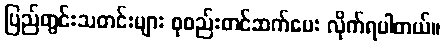
ပြည်တွင်းသတင်းများ စုစည်းတင်ဆက်ပေး လိုက်ရပါတယ်။